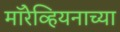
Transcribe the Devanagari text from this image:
मॉरेव्हियनाच्या